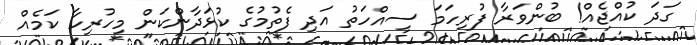
ގަދަ ކުއްޖެއް! ބުންވަރާ ފުރިހަމަ ސިއްހަތު އަދި ފެތުމުގެ ކުޅަދާންކަން މިހުރިހާ ކަމެއް